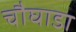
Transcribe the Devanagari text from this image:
चौघाडा